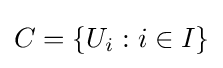
C=\{U_{i}:i\in I\}